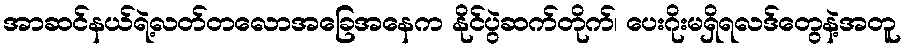
အာဆင်နယ်ရဲ့လတ်တလောအခြေအနေက နိုင်ပွဲဆက်တိုက်၊ ပေးဂိုးမရှိရလဒ်တွေနဲ့အတူ